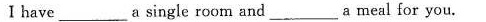
Ⅰ have \underlinea single room and \underlinea meal for you.